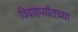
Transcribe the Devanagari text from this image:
विवाहपर्यंतच्या